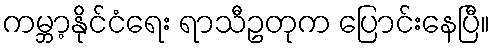
ကမ္ဘာ့နိုင်ငံရေး ရာသီဥတုက ပြောင်းနေပြီ။